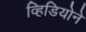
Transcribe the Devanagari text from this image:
व्हिडियोने